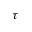
\tau